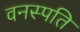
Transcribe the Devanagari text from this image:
वनस्‍पति